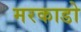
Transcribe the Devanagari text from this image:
मरकाडो